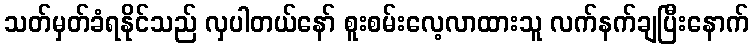
သတ်မှတ်ခံရနိုင်သည် လှပါတယ်နော် စူးစမ်းလေ့လာထားသူ လက်နက်ချပြီးနောက်